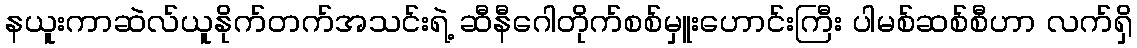
နယူးကာဆဲလ်ယူနိုက်တက်အသင်းရဲ့ ဆီနီဂေါတိုက်စစ်မှူးဟောင်းကြီး ပါမစ်ဆစ်စီဟာ လက်ရှိ